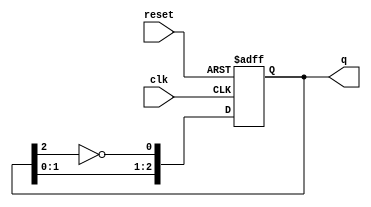
module johnson_counter #(
    parameter N = 3 // Number of flip-flops
)(
    input wire clk,     // Clock signal
    input wire reset,   // Asynchronous reset signal
    output reg [N-1:0] q // Output representing the current state
);

    // Internal signal for the inverted output of the last flip-flop
    wire feedback;

    // Assign feedback as the inverted output of the last flip-flop
    assign feedback = ~q[N-1];

    // Always block for the Johnson counter
    always @(posedge clk or posedge reset) begin
        if (reset) begin
            q <= 0; // Reset all flip-flops to zero
        end else begin
            // Shift the state and feed back the inverted last flip-flop output
            q <= {q[N-2:0], feedback};
        end
    end

endmodule